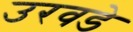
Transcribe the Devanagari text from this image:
उरवडे